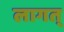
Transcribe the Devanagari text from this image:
लागत्